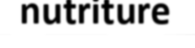
nutriture